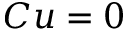
C u = 0